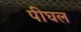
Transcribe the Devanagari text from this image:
पीघल